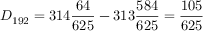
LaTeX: { } D _ { 1 9 2 } = 3 1 4 { \frac { 6 4 } { 6 2 5 } } - 3 1 3 { \frac { 5 8 4 } { 6 2 5 } } = { \frac { 1 0 5 } { 6 2 5 } }